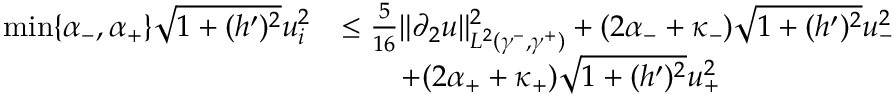
\begin{array} { r l } { \operatorname* { m i n } \lbrace \alpha _ { - } , \alpha _ { + } \rbrace \sqrt { 1 + ( h ^ { \prime } ) ^ { 2 } } u _ { i } ^ { 2 } } & { \leq \frac { 5 } { 1 6 } \| \partial _ { 2 } u \| _ { L ^ { 2 } ( \gamma ^ { - } , \gamma ^ { + } ) } ^ { 2 } + ( 2 \alpha _ { - } + \kappa _ { - } ) \sqrt { 1 + ( h ^ { \prime } ) ^ { 2 } } u _ { - } ^ { 2 } } \\ & { \qquad + ( 2 \alpha _ { + } + \kappa _ { + } ) \sqrt { 1 + ( h ^ { \prime } ) ^ { 2 } } u _ { + } ^ { 2 } } \end{array}